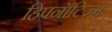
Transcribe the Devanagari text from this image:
हिपनॉटिज्म